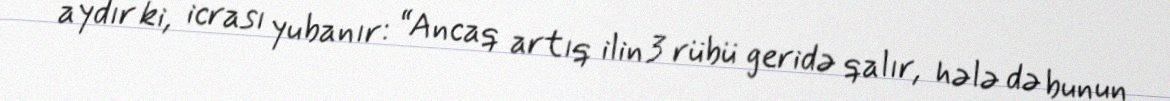
aydır ki, icrası yubanır: “Ancaq artıq ilin 3 rübü geridə qalır, hələ də bunun